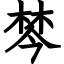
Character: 棽